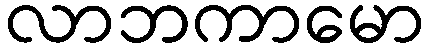
လာဘကာမော